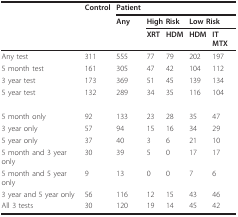
<table><thead><tr><td></td><td><b>Control</b></td><td><b>Patient</b></td><td></td><td></td><td></td><td></td></tr><tr><td></td><td></td><td><b>Any</b></td><td colspan="2"><b>High Risk</b></td><td colspan="2"><b>Low Risk</b></td></tr><tr><td></td><td></td><td></td><td><b>XRT</b></td><td><b>HDM</b></td><td><b>HDM</b></td><td><b>IT MTX</b></td></tr></thead><tbody><tr><td>Any test</td><td>311</td><td>555</td><td>77</td><td>79</td><td>202</td><td>197</td></tr><tr><td>5 month test</td><td>161</td><td>305</td><td>47</td><td>42</td><td>104</td><td>112</td></tr><tr><td>3 year test</td><td>173</td><td>369</td><td>51</td><td>45</td><td>139</td><td>134</td></tr><tr><td>5 year test</td><td>132</td><td>289</td><td>34</td><td>35</td><td>116</td><td>104</td></tr><tr><td>5 month only</td><td>92</td><td>133</td><td>23</td><td>28</td><td>35</td><td>47</td></tr><tr><td>3 year only</td><td>57</td><td>94</td><td>15</td><td>16</td><td>34</td><td>29</td></tr><tr><td>5 year only</td><td>37</td><td>40</td><td>3</td><td>6</td><td>21</td><td>10</td></tr><tr><td>5 month and 3 year only</td><td>30</td><td>39</td><td>5</td><td>0</td><td>17</td><td>17</td></tr><tr><td>5 month and 5 year only</td><td>9</td><td>13</td><td>0</td><td>0</td><td>7</td><td>6</td></tr><tr><td>3 year and 5 year only</td><td>56</td><td>116</td><td>12</td><td>15</td><td>43</td><td>46</td></tr><tr><td>All 3 tests</td><td>30</td><td>120</td><td>19</td><td>14</td><td>45</td><td>42</td></tr></tbody></table>